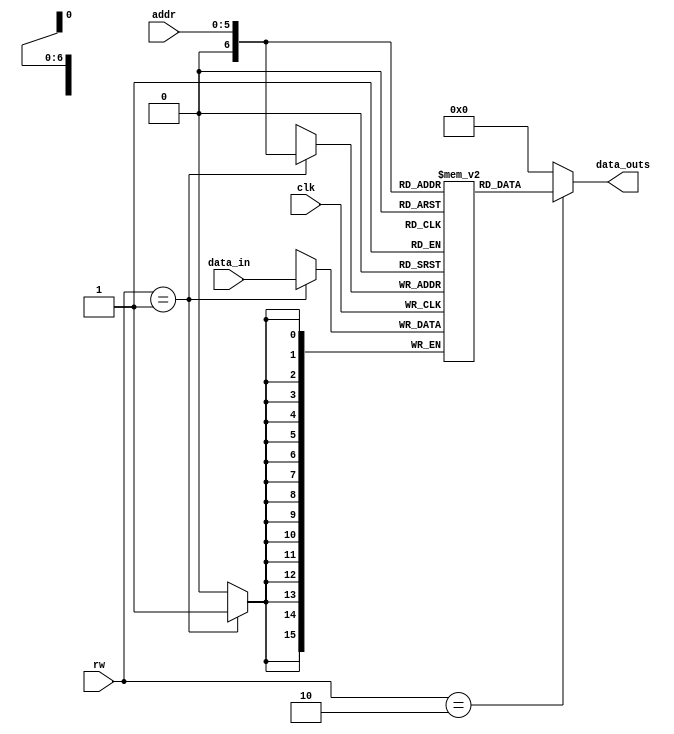
module memory(data_in,data_outs,addr,clk,rw);

input [15:0] data_in;
input clk;
input [1:0] rw;
input [5:0] addr;

reg [15:0] Memory [64:0];

output [15:0] data_outs;
reg [15:0] data_outs;


initial 
begin										
//Memory[0] <= 16'b0000_000_111_010_0_00;//  ADD									
//Memory[0] <= 16'b0000_000_010_000_0_10;//  ADC									
//Memory[0] <= 16'b0000_000_010_000_0_01;//  ADZ									
//Memory[0] <= 16'b0010_000_010_000_0_00;//  NDU									
//Memory[0] <= 16'b0010_000_010_000_0_10;//  NDC									
//Memory[0] <= 16'b0010_000_010_000_0_01;//  NDZ				
//Memory[0] <= 16'b0001_000_010_000001;  //  ADI					
//Memory[0] <= 16'b0011_000_111000001;   //  LHI								
//Memory[0] <= 16'b0100_000_010_000010;  //  LW					
//Memory[0] <= 16'b0101_000_010_000010;  //  SW
//Memory[0] <= 16'b0110_000_0_01011011;  //	LM	
//Memory[0] <= 16'b0111_000_0_00110101;  //  SM				
//Memory[0] <= 16'b1100_000_010_000001;  //  BEQ	
//Memory[0] <= 16'b1000_000_010000001;   //  JAL	
//Memory[0] <= 16'b1001_000_010_000011;  //  JLR
				

//Memory[0] <= 16'b1000_000_00001_1100;  	
//Memory[1] <= 16'b0100100110000101;
//Memory[2] <= 16'b0100110110000101;	
//Memory[3] <= 16'b0100000101010100;
//Memory[4] <= 16'b0100001101010101;
//Memory[5] <= 16'b0001000010000000;
//Memory[6] <= 16'b0010000001011000;
//Memory[7] <= 16'b0010011011011000;
//Memory[8] <= 16'b0001011011000000;
//Memory[9] <= 16'b0000100010100001;
//Memory[10] <= 16'b0000000000000000;
//Memory[11] <= 16'b0010110110110010;
//Memory[12] <= 16'b1100110101111010;
//Memory[13] <= 16'b0101100101010110;
//Memory[20] <= 16'h0001;
//Memory[21] <= 16'h000F;
//Memory[22] <= 16'h000C;
//Memory[23] <= 16'h0015;
//Memory[24] <= 16'h0003;
//Memory[25] <= 16'h0000;
//Memory[26] <= 16'h0045;
//Memory[29] <= 16'b0001011011000001;
//Memory[30] <= 16'b0001110110010111;
//Memory[31] <= 16'b0101000110000100;
//Memory[32] <= 16'b0100000110000000;
//Memory[33] <= 16'b0100001110000001;
//Memory[34] <= 16'b1100101001001011;
//Memory[35] <= 16'b0000000010010000;
//Memory[36] <= 16'b0000011100100010;
//Memory[37] <= 16'b0001001001111111;
//Memory[38] <= 16'b0001111111111011;
//
//Memory[46] <= 16'b0101010110000010;
//Memory[47] <= 16'b0101100110000011;
//Memory[48] <= 16'b0001011011111111;
//Memory[49] <= 16'b0101011110000101;
//Memory[50] <= 16'b0100111110000100;   Without LMSM

//with LM and SM				
//From 0 to 13

Memory[0] <= 16'b1000000000011100;
Memory[1] <= 16'b0100100110000101;
Memory[2] <= 16'b0001110000111101;
Memory[3] <= 16'b0100110110000101;
Memory[4] <= 16'b0110_000_000000011;

Memory[5] <= 16'b0001000010000000;
Memory[6] <= 16'b0010000001011000;
Memory[7] <= 16'b0010011011011000;
Memory[8] <= 16'b0001011011000000;
Memory[9] <= 16'b0000100010100001;
Memory[10] <= 16'b0000000000000000;
Memory[11] <= 16'b0010110110110010;
Memory[12] <= 16'b110011010111_1001;
Memory[13] <= 16'b0101100101010110;

//From 20 to 27
//Memory[20] <= 16'h0001;
//Memory[21] <= 16'h000F;
//Memory[22] <= 16'h000C;
//Memory[23] <= 16'hFFFF;
//Memory[24] <= 16'h0045;
//Memory[25] <= 16'hFFBB;
//Memory[26] <= 16'h0000;
//Memory[27] <= 16'h0000;
Memory[20] <= 16'h0001;
Memory[21] <= 16'h000F;
Memory[22] <= 16'h0000;
Memory[23] <= 16'h0015;
Memory[24] <= 16'h0003;
Memory[25] <= 16'h0000;
Memory[26] <= 16'h0045;

//From 29 to 38;
Memory[29] <= 16'b0001011011000001;
Memory[30] <= 16'b0001110110010111;
Memory[31] <= 16'b0101000110000100;
Memory[32] <= 16'b0100000110000000;
Memory[33] <= 16'b0100001110000001;
Memory[34] <= 16'b1100101001001011;
Memory[35] <= 16'b0000000010010000;
Memory[36] <= 16'b0000011100100010;
Memory[37] <= 16'b0001001001111111;
Memory[38] <= 16'b0001111111111011;

//From 46 to 50
Memory[46] <= 16'b0001110000000010;
Memory[47] <= 16'b0111_000_0_00010100;
Memory[48] <= 16'b0001011011111111;
Memory[49] <= 16'b0101011110000101;
Memory[50] <= 16'b0100111110000100;

end


always @ (posedge clk)
begin
	if (rw == 2'b01)
	Memory[addr] <= data_in;	
end

always @ (*)
begin 
	if (rw == 2'b10)
	data_outs <= Memory[addr];
	else
	data_outs <= 16'b0;
end

endmodule